system: You are a helpful assistant.
user:
Analyze the provided spectrum to determine if it is a **"Cataclysmic Variables (CV)"**.

- **Key Indicators for CV (Check for either state):**
    - **State 1: Quiescent / Low-State (Emission-Dominated)**
        - **(Primary):** Strong and *very broad* Hydrogen Balmer emission lines (e.g., $H\alpha$ at 6563 Å, $H\beta$ at 4861 Å). The 'broadness' (high velocity dispersion, often FWHM > 1000 km/s) is the key diagnostic, indicating a high-velocity accretion disk.
        - **(Secondary):** Broad neutral Helium (He I) emission lines (e.g., 5876 Å, 6678 Å).
        - **(Key Confirmation):** Presence of high-excitation *ionized* Helium (He II) emission at 4686 Å. This is a strong indicator of accretion onto a white dwarf.
        - **(Line Profile):** Emission lines may exhibit a 'double-peaked' profile, which is a classic signature of a rotating accretion disk viewed at high inclination.

    - **State 2: Outburst / High-State (Absorption-Dominated)**
        - **(Primary):** Spectrum is dominated by a bright, blue continuum (looks like a hot star).
        - **(Secondary):** The emission lines from State 1 are weak, absent, or 'filled in', and are replaced by broad, shallow *absorption* lines (primarily Balmer and He I).
        - **(Morphology):** The overall spectrum mimics a hot B/A-type star. The crucial difference is that the absorption lines are significantly broader, shallower, and more 'washed-out' (or 'smeared') than the sharp lines of a normal stellar photosphere, due to high rotational speeds and pressure broadening in the disk.

Think first, call **spectral_visualization_tool** if needed to examine features in detail, then provide your final answer. Your response must adhere to the following strict rules:
1.  **Overall Structure:** Your response must follow the format `<think>...</think> <tool_call>...</tool_call> (if a tool is used) <answer>...</answer>`.
2.  **Tool Usage Constraint:** You may only make **one** tool call per turn.
3.  **Final Answer Format:** In the `<answer>` tag, your conclusion must be inside a `\boxed{}` command (e.g., `\boxed{YES}`), followed by your justification.

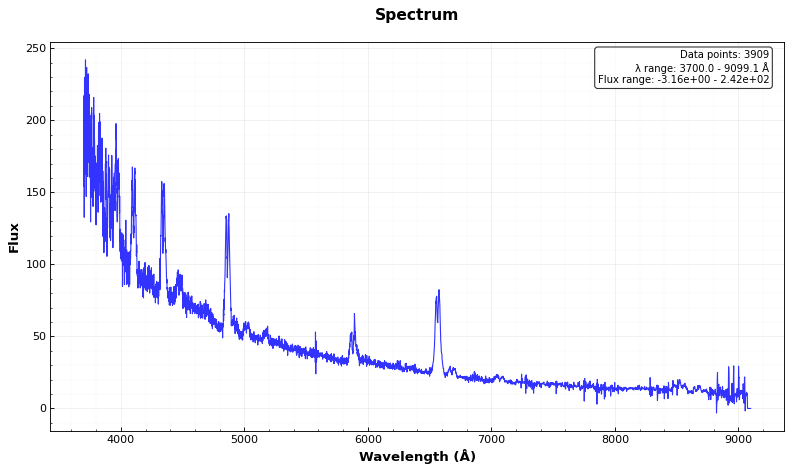
Answer: YES